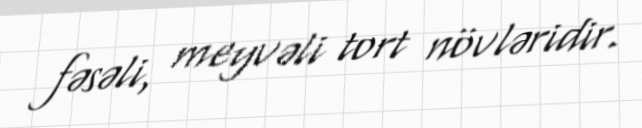
fəsəli, meyvəli tort növləridir.